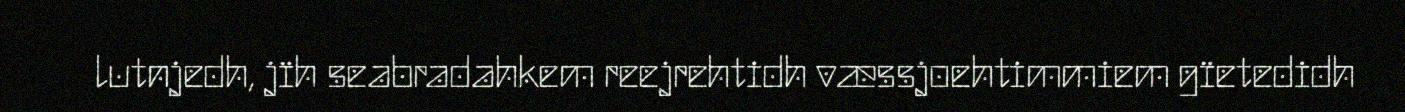
lutnjedh, jïh seabradahkem reejrehtidh væssjoehtimmiem gïetedidh